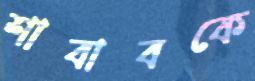
শাবাবকে